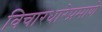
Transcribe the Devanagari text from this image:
विचारधारेप्रमाणे